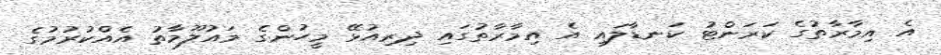
އެ އިމާރާތުގެ ކަރަންޓު ކަނޑާލައި އެ އިމާރާތުގައި ދިރިއުޅޭ މީހުންގެ މައުލޫމާތު އެއްކުރުމުގެ